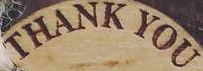
THANK YOU